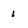
Character: 1